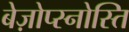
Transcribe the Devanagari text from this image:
बेज़ोप्स्नोस्ति